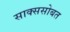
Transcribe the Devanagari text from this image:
साक्ससोबत